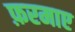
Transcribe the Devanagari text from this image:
फ़रमाए